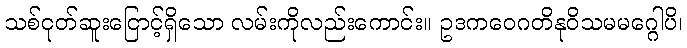
သစ်ငုတ်ဆူးငြောင့်ရှိသော လမ်းကိုလည်းကောင်း။ ဥဒကဝေဂတိနုဝိသမမဂ္ဂေါပိ၊